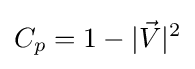
C_{p}=1-|{\vec {V}}|^{2}